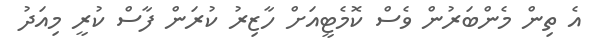
އެ ތިން މެންބަރުން ވެސް ކޮމެޓީއަށް ހާޒިރު ކުރަން ފާސް ކުރީ މިއަދު